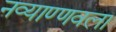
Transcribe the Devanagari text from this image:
नव्याण्णवला